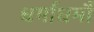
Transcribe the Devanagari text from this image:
धर्माधर्मौ